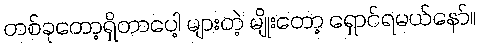
တစ်ခုတော့ရှိတာပေါ့ များတဲ့ မျိုးတော့ ရှောင်ရမယ်နော်။